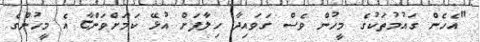
"އެހެން ގައުމުތަކުގެ މީހުން ވެސް ގަވައިދާ ހިލާފަށް އުޅޭ ކަމަށްވަންޏާ އެ މީހުންގެ